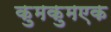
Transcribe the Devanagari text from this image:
कुमकुमएक